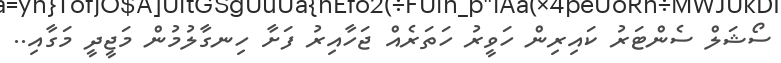
ސޯޝަލް ސެންޓަރު ކައިރިން ހަވީރު ހަތަރެއް ޖަހާއިރު ފަށާ ހިނގާލުމުން މަޖީދީ މަގާއި..